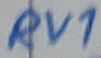
Text: RV1